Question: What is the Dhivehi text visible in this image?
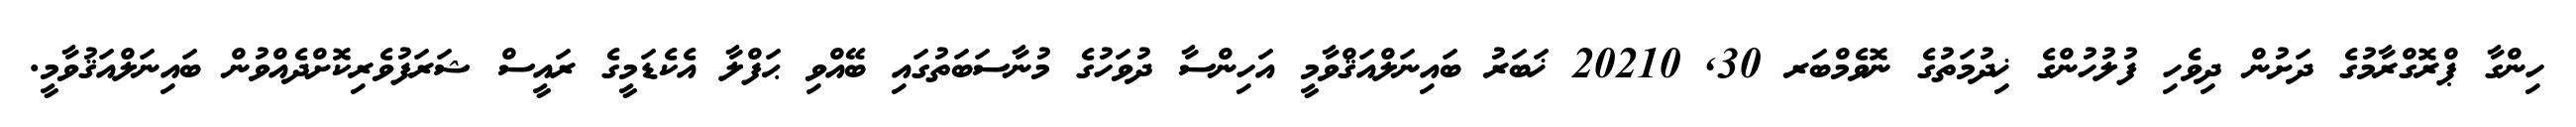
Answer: ހިންގާ ޕްރޮގްރާމުގެ ދަށުން ދިވެހި ފުލުހުންގެ ޚިދުމަތުގެ ނޮވެމްބަރ 30, 20210 ޚަބަރު ބައިނަލްއަޤްވާމީ އަހިންސާ ދުވަހުގެ މުނާސަބަތުގައި ބޭއްވި ޙަފްލާ އެކެޑަމީގެ ރައީސް ޝަރަފުވެރިކޮށްދެއްވުން ބައިނަލްއަޤުވާމީ.